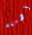
أدمغة